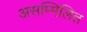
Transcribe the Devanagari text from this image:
असम्मिलित